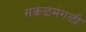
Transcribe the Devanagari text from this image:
सकळमंगळी